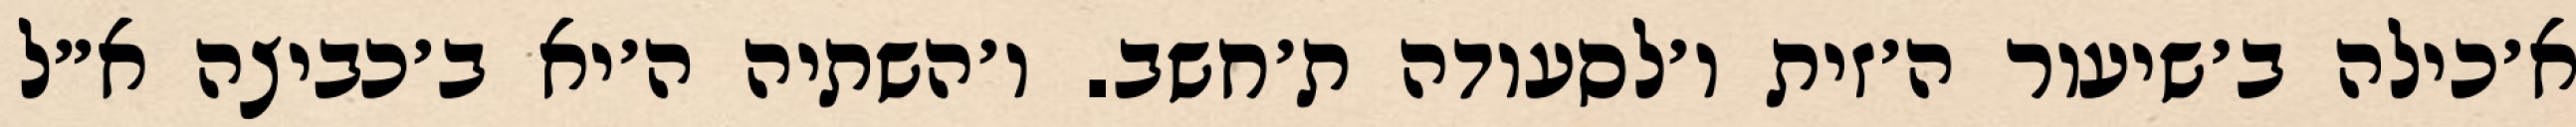
א׳כילה ב׳שיעור ה׳זית ו׳לסעודה ת׳חשב. ו׳השתיה ה׳יא ב׳כביצה א״ל